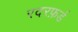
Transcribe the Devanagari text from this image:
रदरफ़र्ड